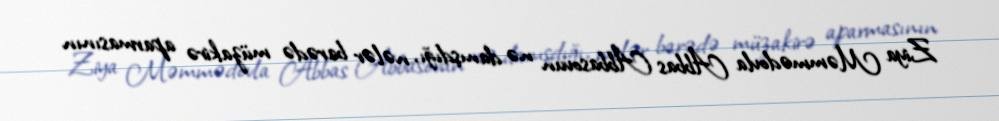
Ziya Məmmədovla Abbas Abbasovun nə danışdığı, nələr barədə müzakirə aparmasının